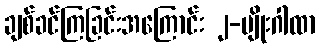
ချစ်ခင်ကြခြင်းအကြောင်း ၂-မျိုးဂါထာ